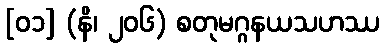
[၀၁] (နိ၊ ၂၀၆) စတုမဂ္ဂနယသဟဿ